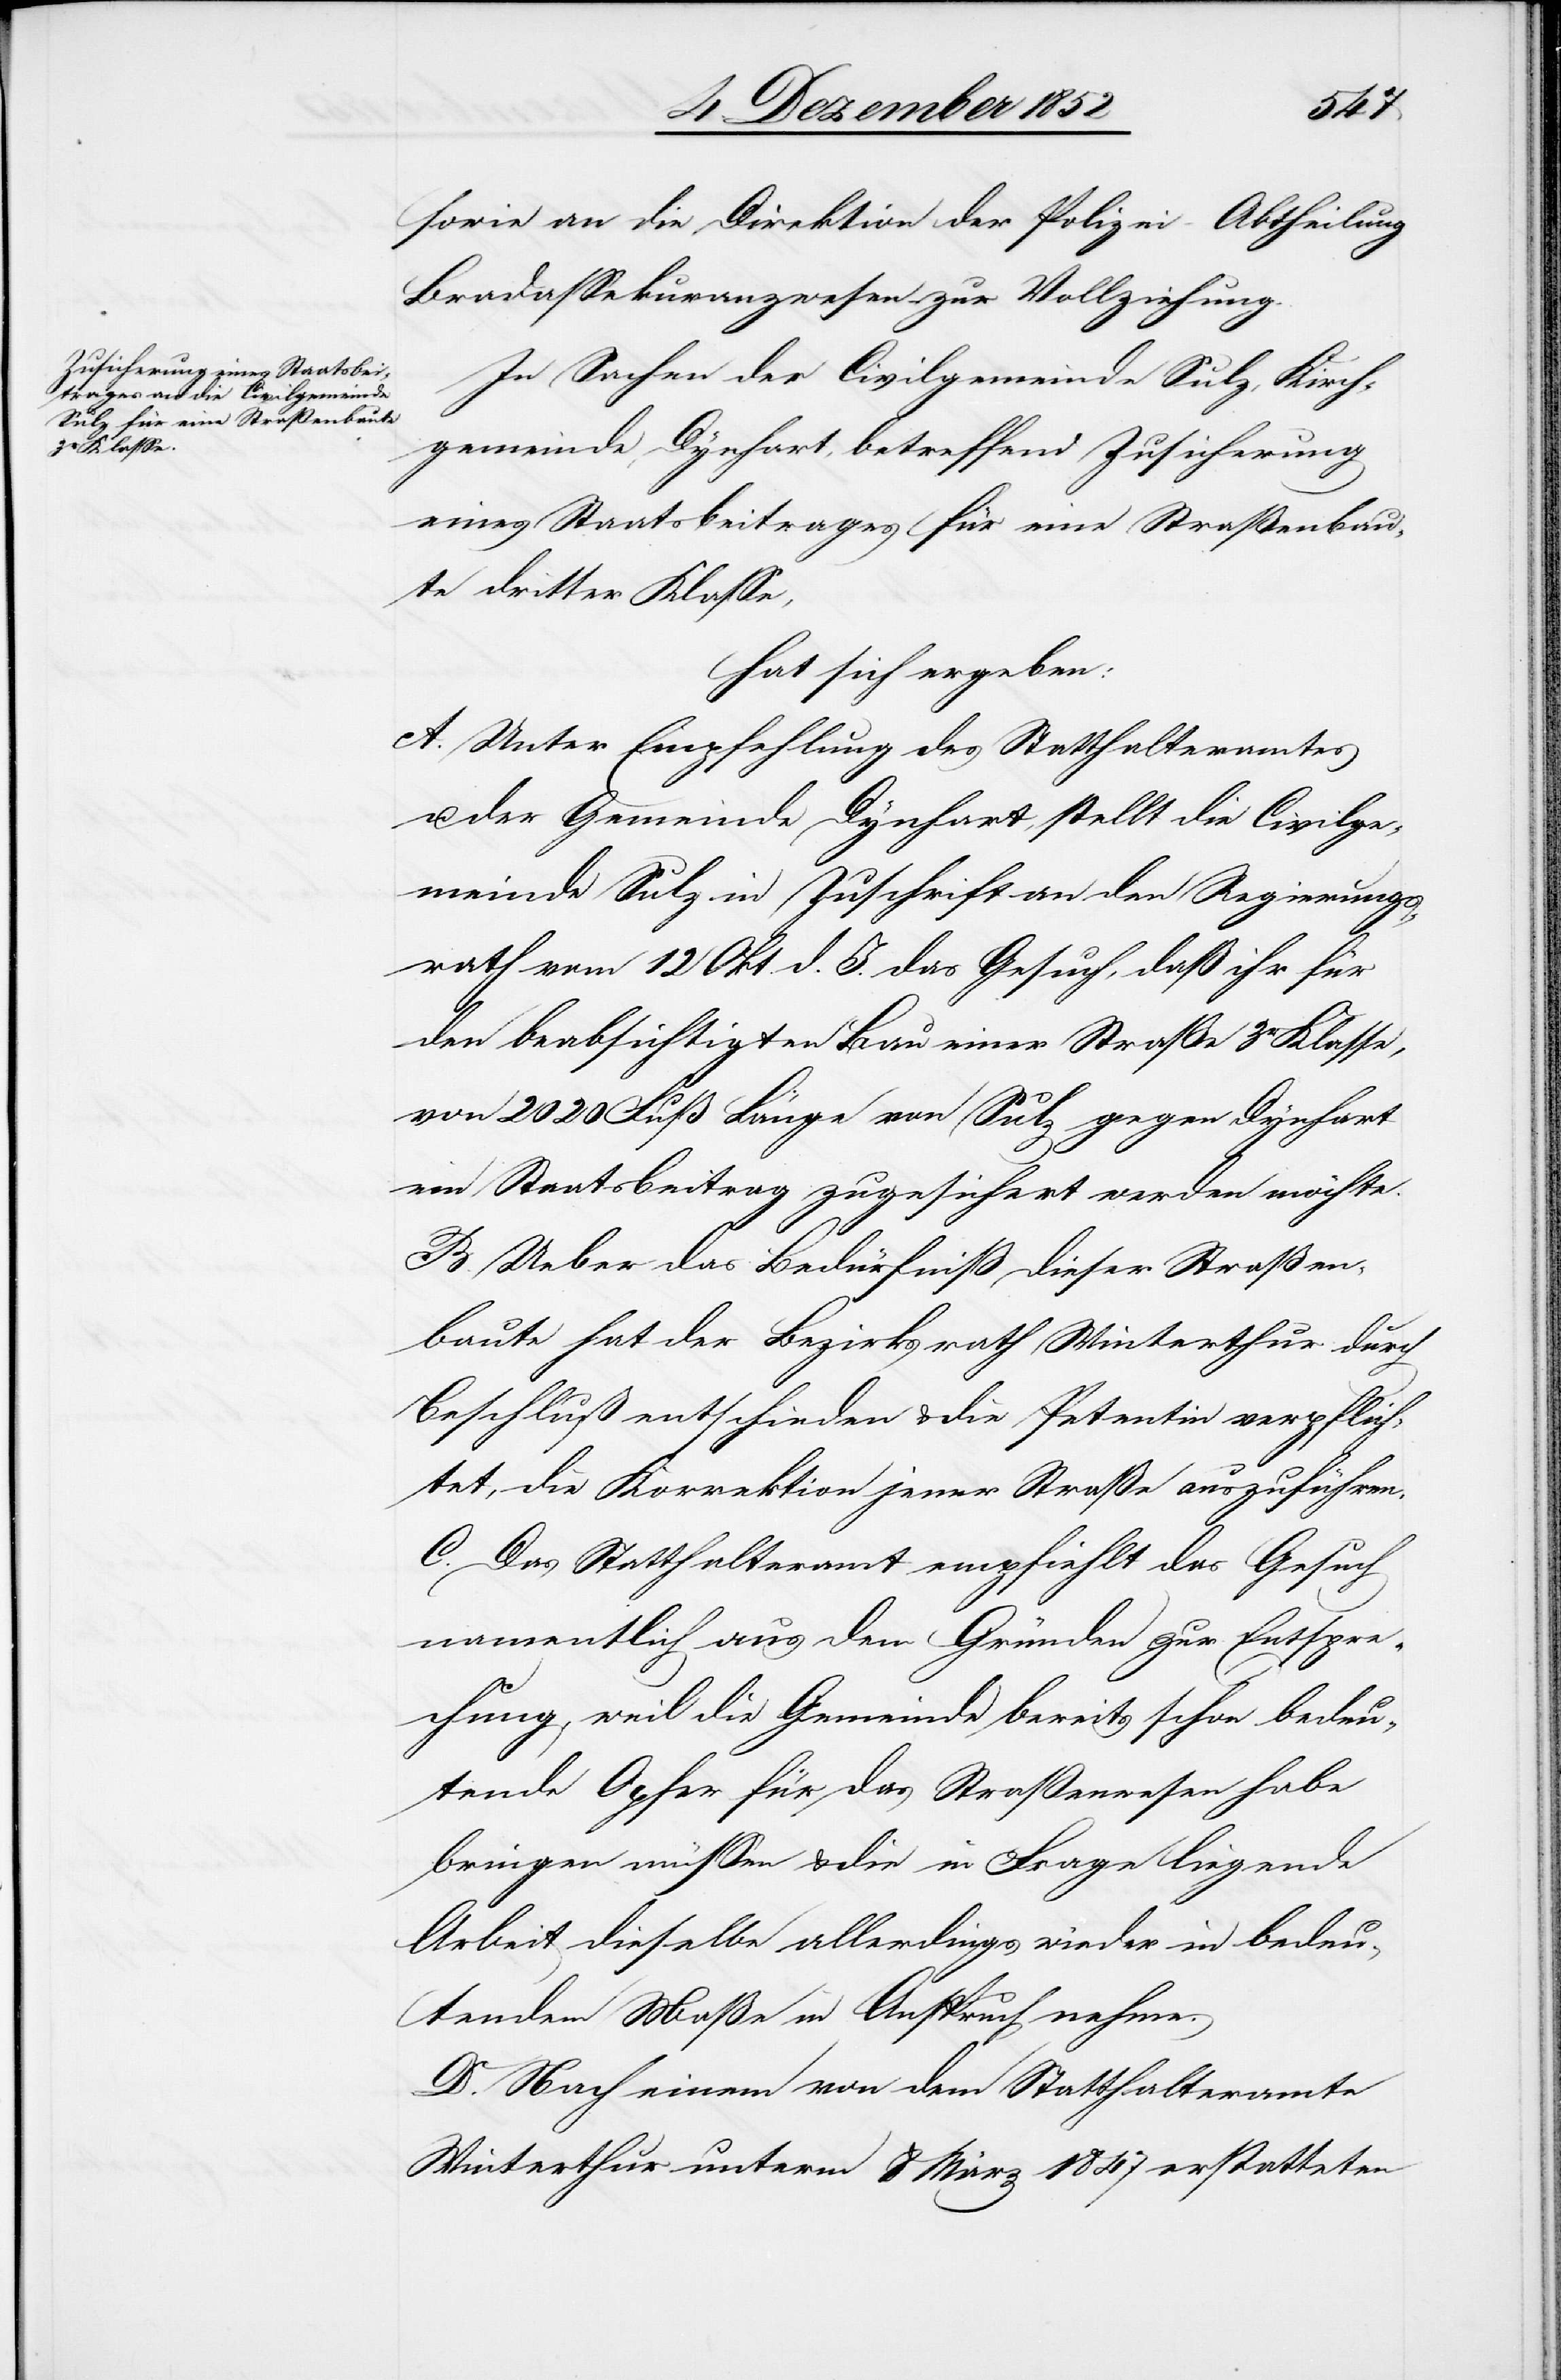
sowie an die Direktion der Polizei – Abtheilung
Brandassekuranzwesen – zur Vollziehung.
In Sachen der Civilgemeinde Sulz, Kirch¬
gemeinde Dynhart, betreffend Zusicherung
eines Staatsbeitrages für eine Straßenbau¬
te dritter Klasse,
hat sich ergeben:
A. Unter Empfehlung des Statthalteramtes
u. der Gemeinde Dynhart, stellt die Civilge¬
meinde Sulz in Zuschrift an den Regierungs¬
rath vom 12 Okt. d. J. das Gesuch, daß ihr für
den beabsichtigten Bau einer Straße 3r Klasse,
von 2020 Fuß Länge von Sulz gegen Dynhart
ein Staatsbeitrag zugesichert werden möchte.
B. Ueber das Bedürfniß dieser Straßen¬
baute hat der Bezirksrath Winterthur durch
Beschluß entschieden & die Petentin verpflich¬
tet, die Korrektion jener Straße auszuführen.
C. Das Statthalteramt empfiehlt das Gesuch
namentlich aus den Gründen zur Entspre¬
chung, weil die Gemeinde bereits schon bedeu¬
tende Opfer für das Straßenwesen habe
bringen müssen & die in Frage liegende
Arbeit dieselbe allerdings wieder in bedeu¬
tendem Maße in Anspruch nehme.
D. Nach einem von dem Statthalteramte
Winterthur unterm 8 März 1847 erstatteten